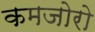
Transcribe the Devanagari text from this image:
कमजोरो